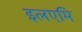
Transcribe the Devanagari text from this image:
इलएमि